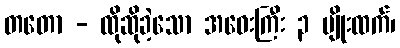
တတော - ထိုဆိုခဲ့သော အဝေးကြီး ၃ မျိုးထက်၊